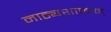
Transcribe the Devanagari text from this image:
नाट्यशास्त्रम्